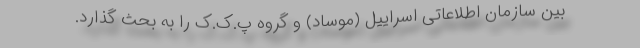
بین سازمان اطلاعاتی اسراییل (موساد) و گروه پ.ک.ک را به بحث گذارد.